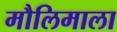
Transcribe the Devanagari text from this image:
मौलिमाला